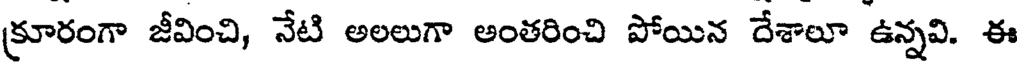
క్రూరంగా జీవించి, నేటి అలలుగా అంతరించి పోయిన దేశాలూ ఉన్నవి. ఈ